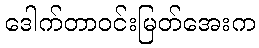
ဒေါက်တာဝင်းမြတ်အေးက